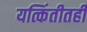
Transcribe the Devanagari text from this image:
यत्किंतीतही